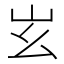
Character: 𡵏